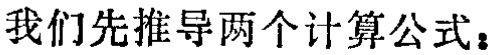
我们先推导两个计算公式：